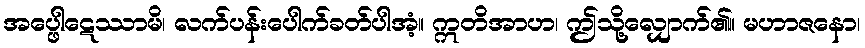
အပ္ဖေါဋေဿာမိ၊ လက်ပန်းပေါက်ခတ်ပါအံ့။ ဣတိအာဟ၊ ဤသို့လျှောက်၏။ မဟာဇနော၊